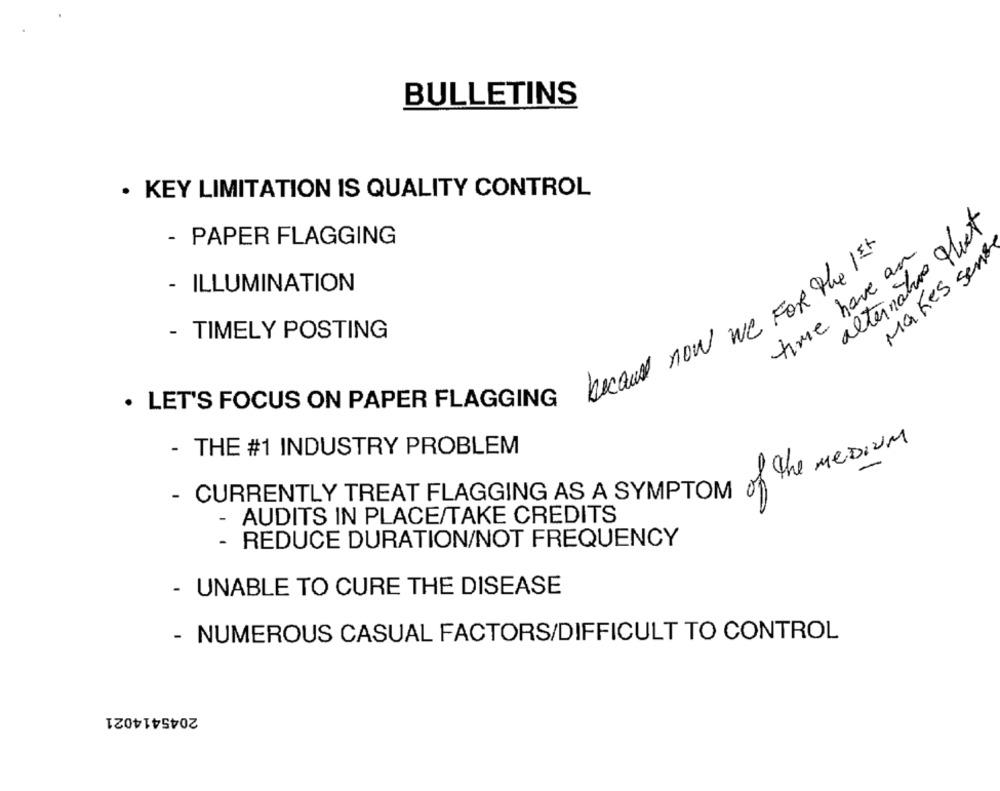
BULLETINS
· KEY LIMITATION IS QUALITY CONTROL
alternation qhet
- PAPER FLAGGING
Makes sense
time have an
becaud now we FOR the 1st
- ILLUMINATION
- TIMELY POSTING
. LET'S FOCUS ON PAPER FLAGGING
- THE #1 INDUSTRY PROBLEM
- CURRENTLY TREAT FLAGGING AS A SYMPTOM of The MEDIUM
- AUDITS IN PLACE/TAKE CREDITS
- REDUCE DURATION/NOT FREQUENCY
- UNABLE TO CURE THE DISEASE
- NUMEROUS CASUAL FACTORS/DIFFICULT TO CONTROL
2045414021